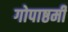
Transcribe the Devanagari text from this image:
गोपाष्ठमी